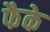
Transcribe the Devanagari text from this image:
फैके